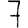
Digit: 7